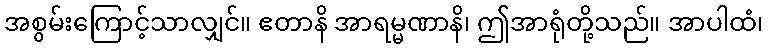
အစွမ်းကြောင့်သာလျှင်။ ဧတာနိ အာရမ္မဏာနိ၊ ဤအာရုံတို့သည်။ အာပါထံ၊